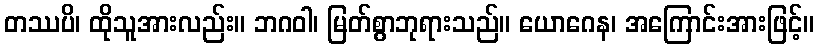
တဿပိ၊ ထိုသူအားလည်း။ ဘဂဝါ၊ မြတ်စွာဘုရားသည်။ ယောဂေန၊ အကြောင်းအားဖြင့်။